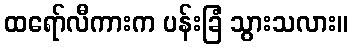
ထရော်လီကားက ပန်းခြံ သွားသလား။